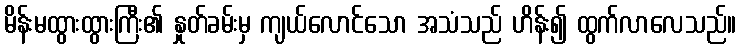
မိန်းမထွားထွားကြီး၏ နှုတ်ခမ်းမှ ကျယ်လောင်သော အသံသည် ဟိန်း၍ ထွက်လာလေသည်။